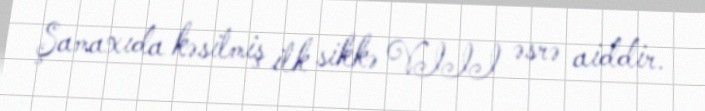
Şamaxıda kəsilmiş ilk sikkə VIII əsrə aiddir.